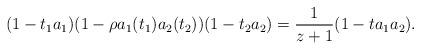
LaTeX: \begin{align*}(1-t_1a_1)(1-\rho a_1(t_1)a_2(t_2))(1-t_2a_2) = \frac {1}{z+1}(1-ta_1a_2).\end{align*}